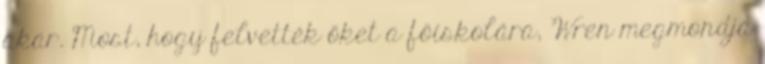
akar. Most, hogy felvették őket a főiskolára, Wren megmondja